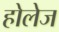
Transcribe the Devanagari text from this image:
होलेज